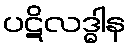
ပဋိလဒ္ဓါန